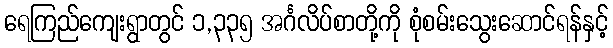
ရေကြည်ကျေးရွာတွင် ၁,၃၃၅ အင်္ဂလိပ်စာတို့ကို စုံစမ်းသွေးဆောင်ရန်နှင့်